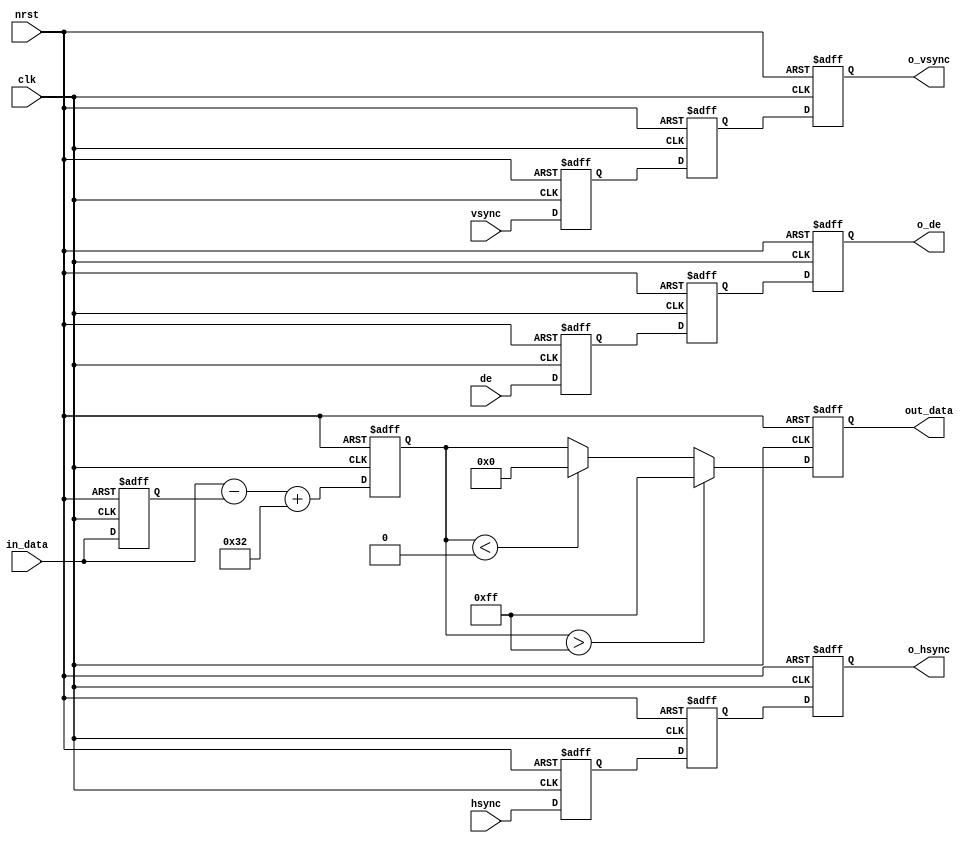
module image_relifing(
    input	clk,
    input	nrst,
    input	[7:0]	in_data,				//gray in
    input	hsync,
    input	vsync,
    input	de,
    output	[7:0]	out_data,		//relifed out
    output	o_hsync,
    output	o_vsync,
    output	o_de
);
localparam   therholds = 8'd50;

reg [7:0]	in_data_r,new_data;
always@(posedge clk or negedge nrst)begin
	if(!nrst)begin
		in_data_r	<=	7'd0;
		new_data	<=	7'd0;
	end
	else begin
		in_data_r	<=	in_data;
		new_data	<=	in_data	-	in_data_r	+	therholds;
	end
end

reg	[7:0]new_data_r;
always@(posedge	clk	or negedge	nrst)begin
	if(!nrst)
		new_data_r	<=	8'd0;
	else if(new_data	>	8'd255)
		new_data_r	<=	8'd255;
	else if(new_data	<	8'd0)
		new_data_r	<=8'd0;
	else
		new_data_r	<=	new_data;
end

reg	hsync_r,vsync_r,de_r,hsync_rr,vsync_rr,de_rr,hsync_rrr,vsync_rrr,de_rrr;
always@(posedge clk or negedge nrst)begin
	if(!nrst)begin
		hsync_r	<=	1'b0;
		vsync_r	<=	1'b0;
		de_r	<=	1'b0;
		hsync_rr	<=	1'b0;
		vsync_rr	<=	1'b0;
		de_rr	<=	1'b0;
		hsync_rrr	<=	1'b0;
		vsync_rrr	<=	1'b0;
		de_rrr	<=	1'b0;
	end
	else begin
		hsync_r	<=	hsync;
		vsync_r	<=	vsync;
		de_r	<=	de;
		hsync_rr	<=	hsync_r;
		vsync_rr	<=	vsync_r;
		de_rr	<=	de_r;
		hsync_rrr	<=	hsync_rr;
		vsync_rrr	<=	vsync_rr;
		de_rrr	<=	de_rr;
	end
end

assign out_data	=	new_data_r;
assign	o_hsync	=	hsync_rrr;
assign	o_vsync	=	vsync_rrr;
assign	o_de	=	de_rrr;
endmodule